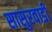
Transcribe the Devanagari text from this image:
सासुरवाडी